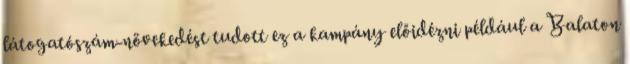
látogatószám-növekedést tudott ez a kampány előidézni például a Balaton